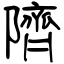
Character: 隮